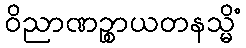
ဝိညာဏဉ္စာယတနသ္မိံ